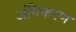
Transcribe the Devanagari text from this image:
अंगिकरण